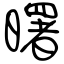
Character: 曙